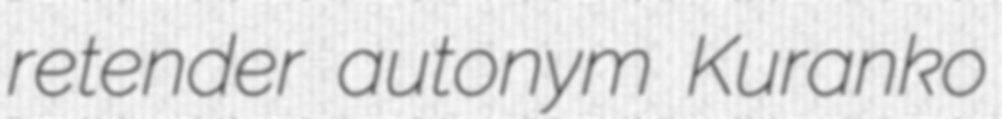
retender autonym Kuranko